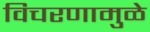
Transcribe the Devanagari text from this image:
विचरणामुळे